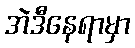
အဲဒီနေရာမှာ